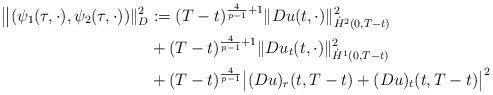
LaTeX: \begin{align*}\big \| (\psi_1(\tau,\cdot),\psi_2(\tau, \cdot))\|^2_{D} & := (T-t)^{\frac{4}{p-1} +1} \|D u(t,\cdot) \|^2_{\dot H^2(0,T-t)} \\ & + (T-t)^{\frac{4}{p-1} +1} \| Du_t(t, \cdot) \|^2_{\dot H^1(0,T-t)} \\ & + (T-t)^{\frac{4}{p-1}} \big | (D u)_r(t,T-t) + (D u)_t(t,T-t) \big|^2\end{align*}